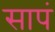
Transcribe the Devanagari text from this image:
सापं